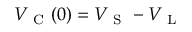
V _ { \mathrm { ~ C ~ } } ( 0 ) = V _ { \mathrm { ~ S ~ } } - V _ { \mathrm { ~ L ~ } }